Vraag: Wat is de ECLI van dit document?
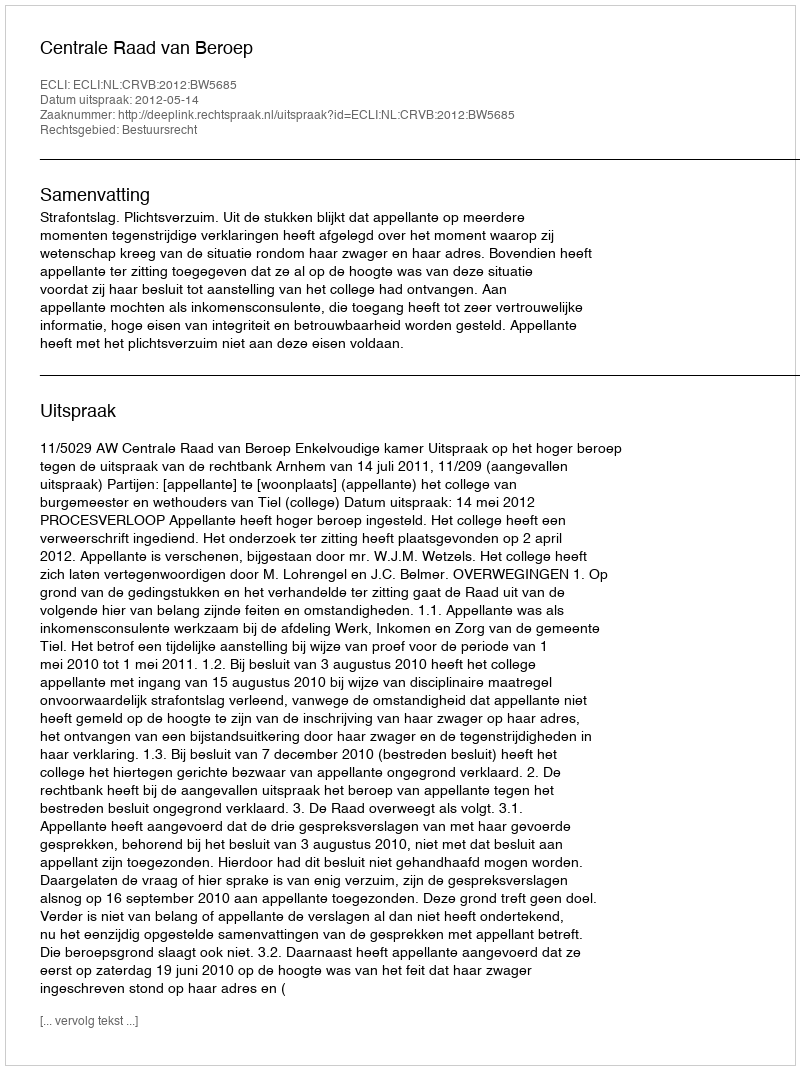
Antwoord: ECLI:NL:CRVB:2012:BW5685